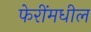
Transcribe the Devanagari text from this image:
फेरींमधील